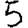
Digit: 5